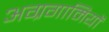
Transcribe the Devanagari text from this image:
अग्रगामियों